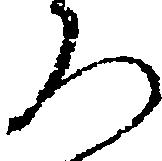
ろ